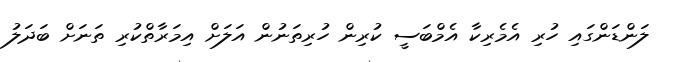
ލަންޑަންގައި ހުރި އެމެރިކާ އެމްބަސީ ކުރިން ހުރިތަނުން އަލަށް އިމަރާތްކުރި ތަނަށް ބަދަލު